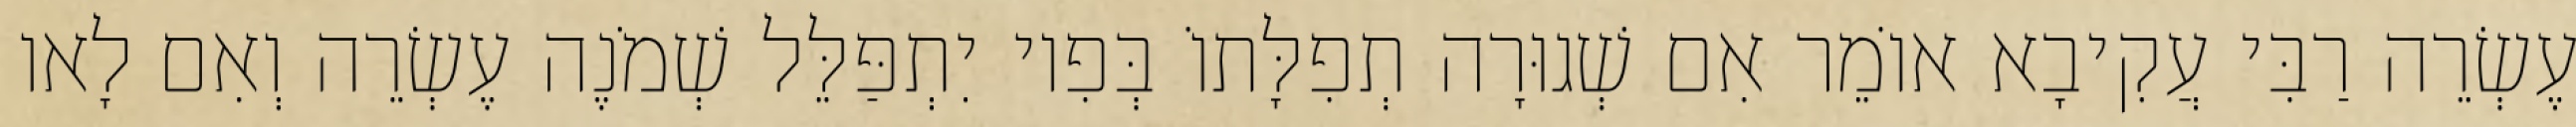
עֶשְׂרֵה רַבִּי עֲקִיבָא אוֹמֵר אִם שְׁגוּרָה תְפִלָּתוֹ בְּפִיו יִתְפַּלֵּל שְׁמֹנֶה עֶשְׂרֵה וְאִם לָאו